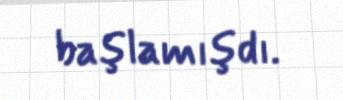
başlamışdı.